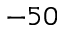
- 5 0